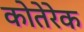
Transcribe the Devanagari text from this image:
कोतेरेक